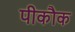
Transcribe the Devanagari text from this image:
पीकौक